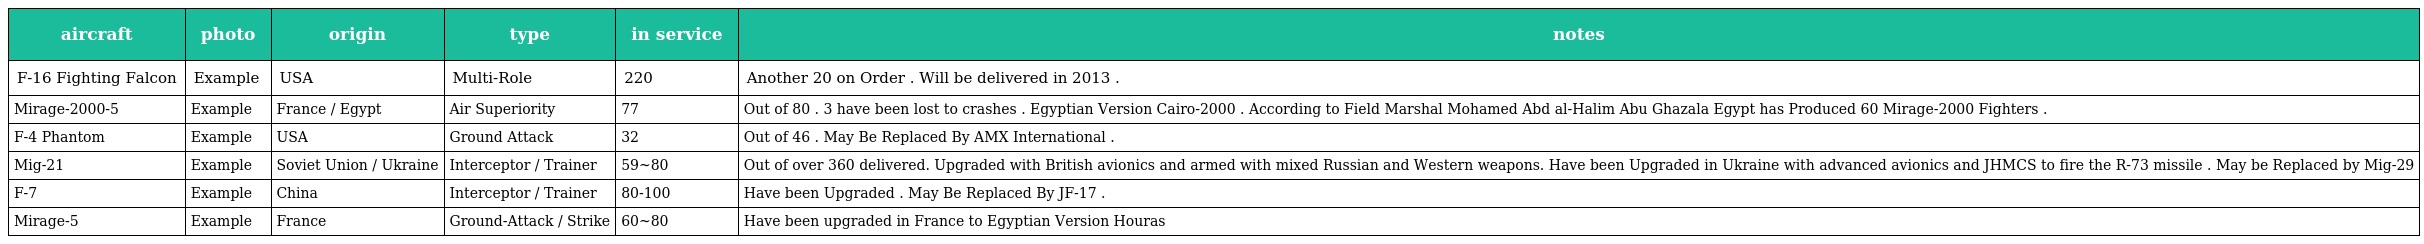
| aircraft | photo | origin | type | in service | notes |
 | --- | --- | --- | --- | --- | --- |
 | F-16 Fighting Falcon | Example | USA | Multi-Role | 220 | Another 20 on Order . Will be delivered in 2013 . |
 | Mirage-2000-5 | Example | France / Egypt | Air Superiority | 77 | Out of 80 . 3 have been lost to crashes . Egyptian Version Cairo-2000 . According to Field Marshal Mohamed Abd al-Halim Abu Ghazala Egypt has Produced 60 Mirage-2000 Fighters . |
 | F-4 Phantom | Example | USA | Ground Attack | 32 | Out of 46 . May Be Replaced By AMX International . |
 | Mig-21 | Example | Soviet Union / Ukraine | Interceptor / Trainer | 59~80 | Out of over 360 delivered. Upgraded with British avionics and armed with mixed Russian and Western weapons. Have been Upgraded in Ukraine with advanced avionics and JHMCS to fire the R-73 missile . May be Replaced by Mig-29 |
 | F-7 | Example | China | Interceptor / Trainer | 80-100 | Have been Upgraded . May Be Replaced By JF-17 . |
 | Mirage-5 | Example | France | Ground-Attack / Strike | 60~80 | Have been upgraded in France to Egyptian Version Houras |